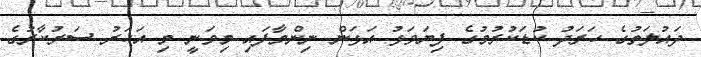
ދައުލަތުގެ ހަރަދު ކުޑަކުރުމުގެ ފިޔަވަޅު އަޅަން ނިންމާފައި މިވަނީ މި އަހަރު ސަރުކާރުގެ